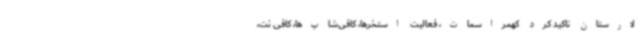
لارستان تاکید کرد کهمراسمات، فعالیت استخرها، کافی‌شاپ‌ها، کافی نت،